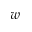
w